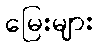
မြေးများ